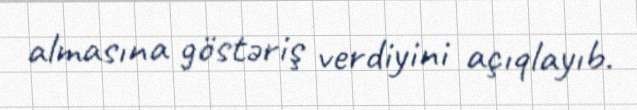
almasına göstəriş verdiyini açıqlayıb.